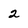
Character: 2